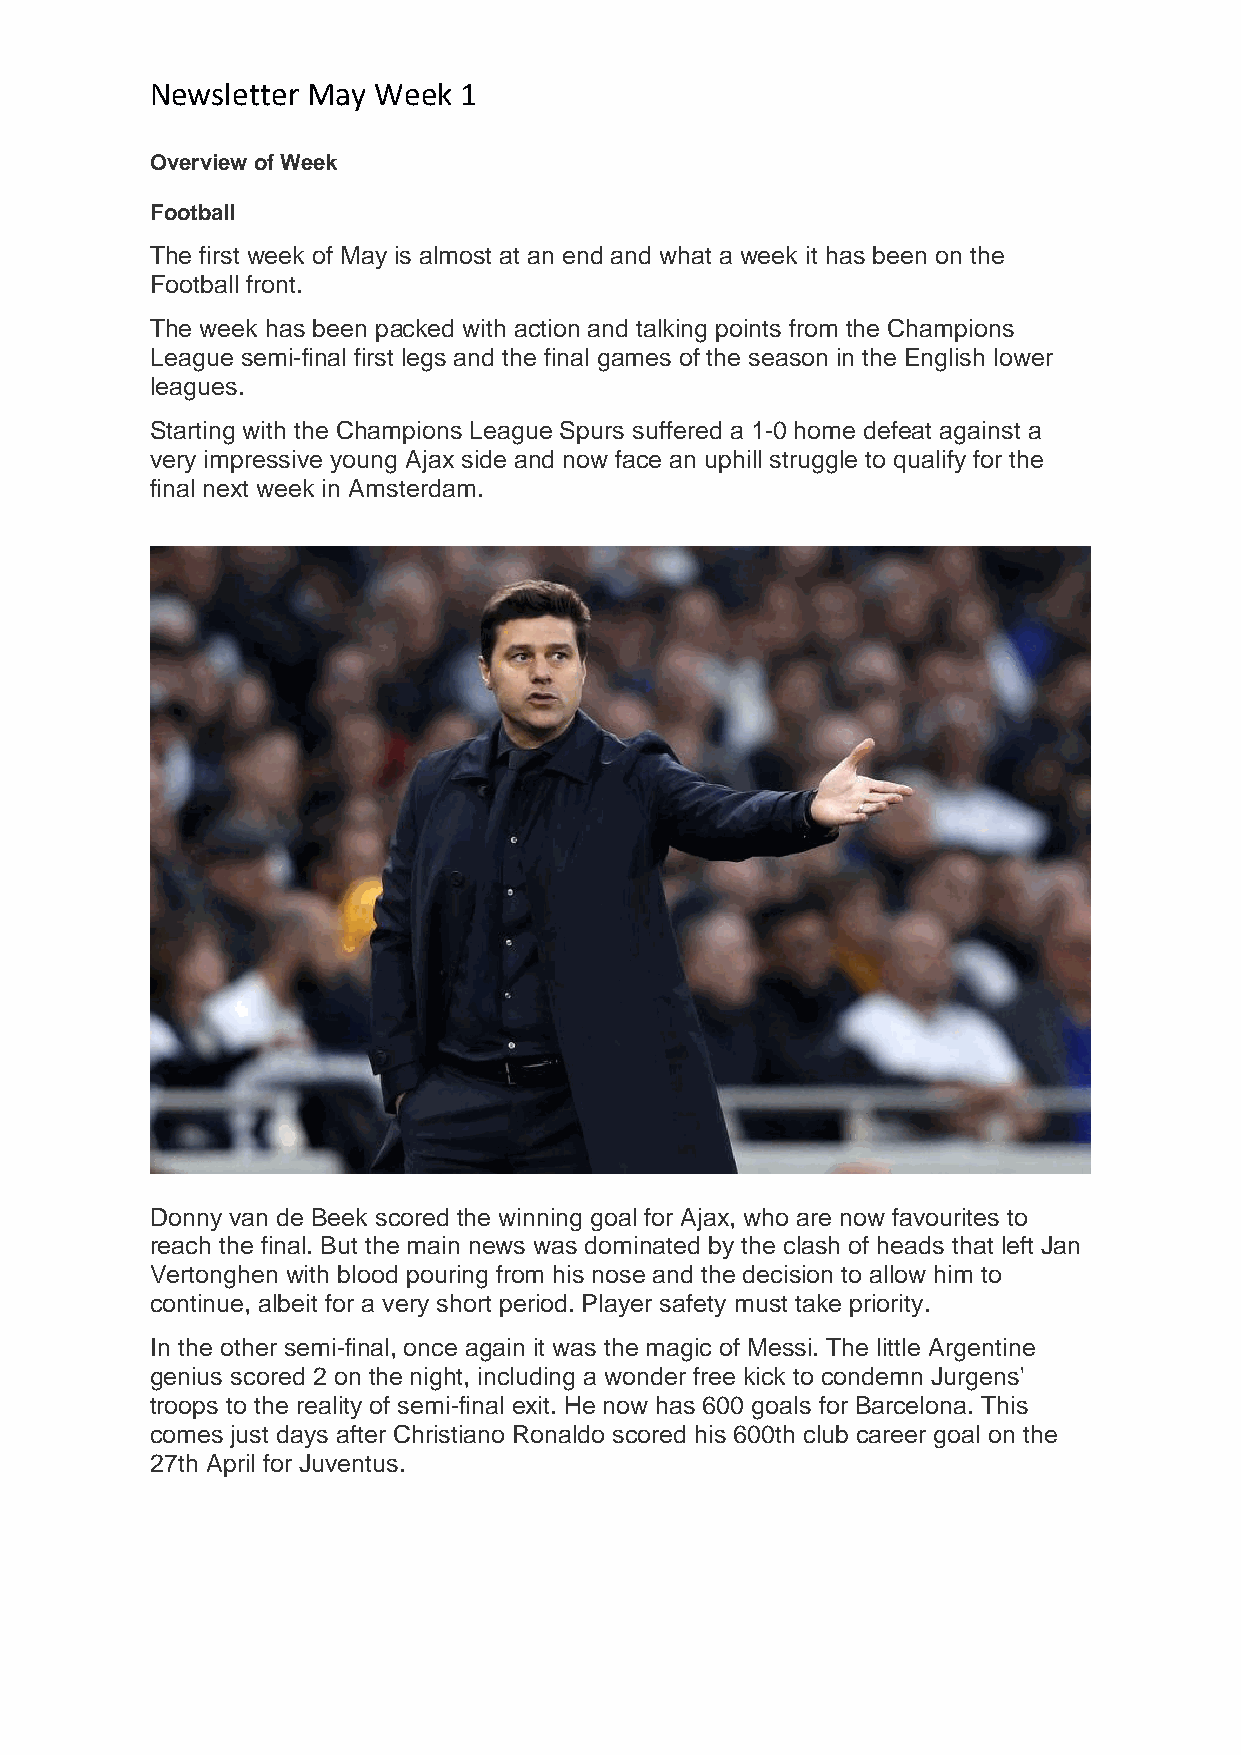
Newsletter May Week 1
 Overview of Week
 Football
 The first week of May is almost at an end and what a week it has been on the
 Football front.
 The week has been packed with action and talking points from the Champions
 League semi-final first legs and the final games of the season in the English lower
 leagues.
 Starting with the Champions League Spurs suffered a 1-0 home defeat against a
 very impressive young Ajax side and now face an uphill struggle to qualify for the
 final next week in Amsterdam.
 Donny van de Beek scored the winning goal for Ajax, who are now favourites to
 reach the final. But the main news was dominated by the clash of heads that left Jan
 Vertonghen with blood pouring from his nose and the decision to allow him to
 continue, albeit for a very short period. Player safety must take priority.
 In the other semi-final, once again it was the magic of Messi. The little Argentine
 genius scored 2 on the night, including a wonder free kick to condemn Jurgens'
 troops to the reality of semi-final exit. He now has 600 goals for Barcelona. This
 comes just days after Christiano Ronaldo scored his 600th club career goal on the
 27th April for Juventus.